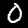
Digit: 0